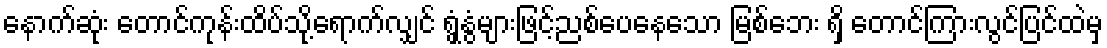
နောက်ဆုံး တောင်ကုန်းထိပ်သို့ရောက်လျှင် ရွှံ့နွံများဖြင့်ညစ်ပေနေသော မြစ်ဘေး ရှိ တောင်ကြားလွင်ပြင်ထဲမှ